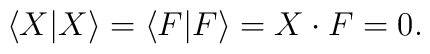
\langle X|X\rangle=\langle F|F\rangle=X\cdot F=0.